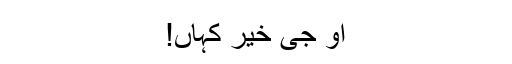
او جی خیر کہاں!